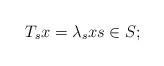
LaTeX: \begin{align*}T_s x = \lambda_s x s \in S;\end{align*}